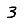
Digit: 3